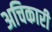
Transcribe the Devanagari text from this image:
अचिकारी